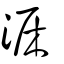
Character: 淭